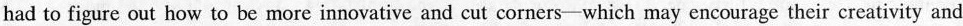
had to figure out how to be more innovative and cut corners--which may encourage their creativity and